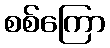
စစ်ကြော